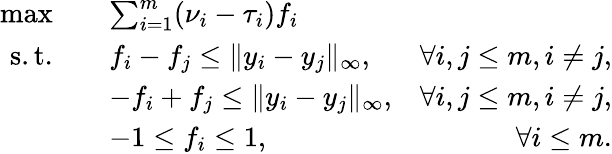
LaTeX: \begin{array}{rlr}{\operatorname*{max}\quad}&{\sum_{i=1}^{m}(\nu_{i}-\tau_{i})f_{i}}\\ {\mathrm{s.t.}\quad}&{f_{i}-f_{j}\leq\| y_{i}-y_{j}\| _{\infty},}&{{\forall i,j\leq m,i\not=j},}\\ &{-f_{i}+f_{j}\leq\| y_{i}-y_{j}\| _{\infty},}&{\forall i,j\leq m,i\not=j,}\\ &{-1\leq f_{i}\leq 1,}&{\forall i\leq m.}\end{array}